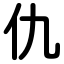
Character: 仇